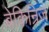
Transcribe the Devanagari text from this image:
बेकिन्रिज